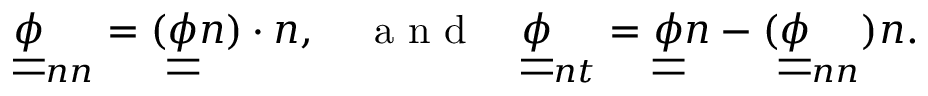
\begin{array} { r } { \underline { { \underline { { \phi } } } } _ { n n } = ( \underline { { \underline { { \phi } } } } n ) \cdot n , \quad \textrm { a n d } \quad \underline { { \underline { { \phi } } } } _ { n t } = \underline { { \underline { { \phi } } } } n - ( \underline { { \underline { { \phi } } } } _ { n n } ) n . } \end{array}